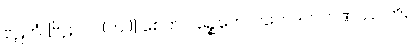
ဗိဠကံ [ဗိဠာလ (က.)] စေတိ ပဉ္စေတေ၊ ပဘေဒါ လဝဏဿ ဟိ။